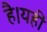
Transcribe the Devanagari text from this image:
है।यहीं